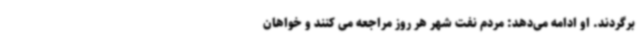
برگردند. او ادامه می‌دهد: مردم نفت شهر هر روز مراجعه می کنند و خواهان